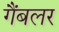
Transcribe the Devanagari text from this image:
गैंबलर